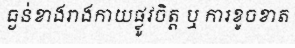
ធ្ងន់ខាងរាងកាយផ្លូវចិត្ត ឬ ការខូចខាត